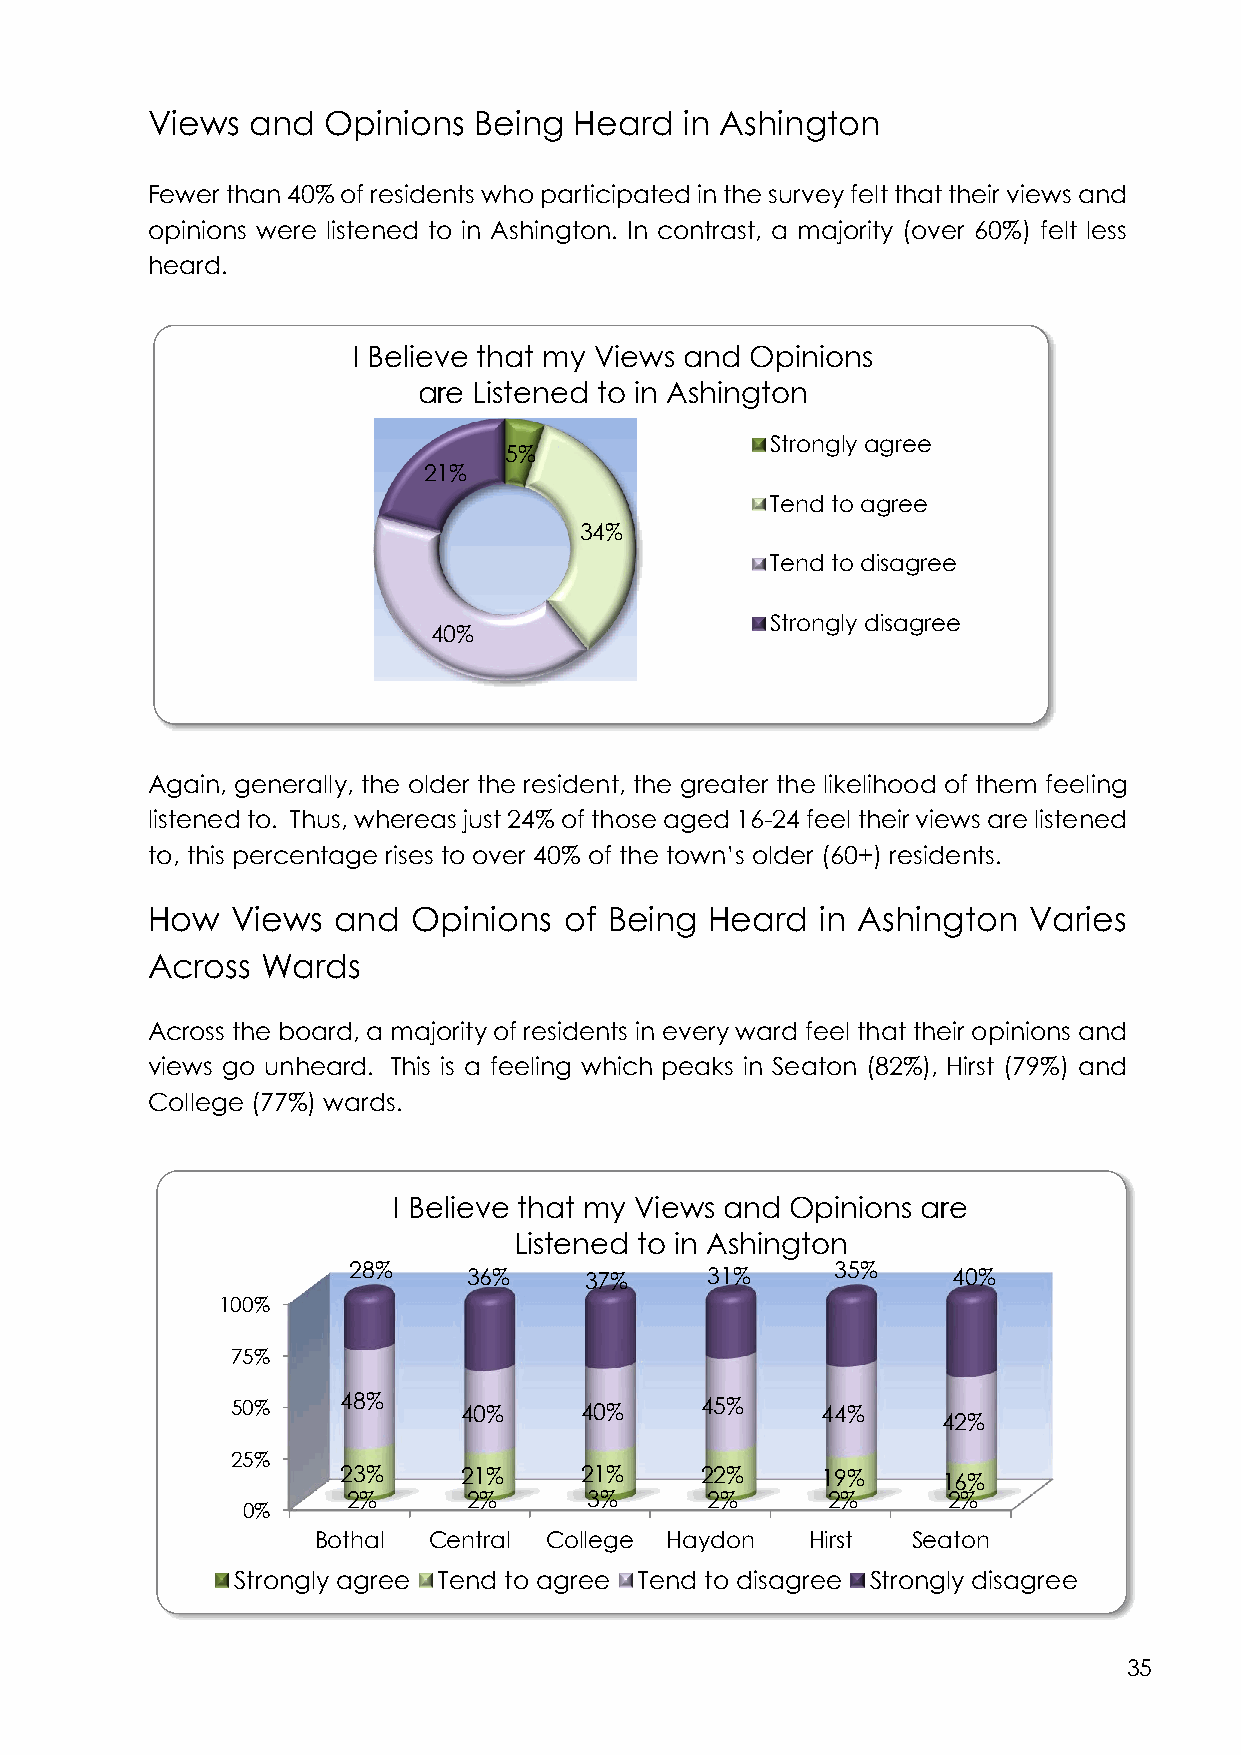
Views  and Opinions  Being  Heard  in Ashington
 Fewer than 40% of residents who participated in the survey felt that their views and
 opinions were listened to in Ashington. In contrast, a majority (over 60%) felt less
 heard.
 I Believe that my Views and Opinions
 are Listened to in Ashington
 Strongly agree
 5%
 21%
 Tend to agree
 34%
 Tend to disagree
 Strongly disagree
 40%
 Again, generally, the older the resident, the greater the likelihood of them feeling
 listened to. Thus, whereas just 24% of those aged 16-24 feel their views are listened
 to, this percentage rises to over 40% of the town’s older (60+) residents.
 How  Views  and  Opinions  of Being  Heard  in Ashington  Varies
 Across Wards
 Across the board, a majority of residents in every ward feel that their opinions and
 views go unheard. This is a feeling which peaks in Seaton (82%), Hirst (79%) and
 College (77%) wards.
 I Believe that my Views and Opinions are
 Listened to in Ashington
 28%     36%     37%     31%     35%     40%
 100%
 75%
 50%     48%    40%     40%     45%     44%
 42%
 25%
 23%    21%     21%     22%     19%     16%
 2%      2%      3%      2%      2%      2%
 0%
 Bothal Central College Haydon    Hirst Seaton
 Strongly agree Tend to agree Tend to disagree Strongly disagree
 35